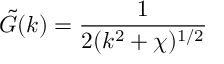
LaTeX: \tilde { G } ( k ) = { \frac { 1 } { 2 ( k ^ { 2 } + \chi ) ^ { 1 / 2 } } }